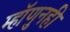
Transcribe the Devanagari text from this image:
म्हॉणुनही